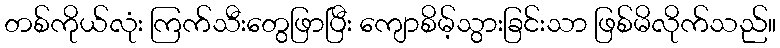
တစ်ကိုယ်လုံး ကြက်သီးတွေဖြာပြီး ကျောစိမ့်သွားခြင်းသာ ဖြစ်မိလိုက်သည်။